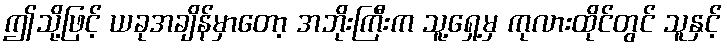
ဤသို့ဖြင့် ယခုအချိန်မှာတော့ အဘိုးကြီးက သူ့ရှေ့မှ ကုလားထိုင်တွင် သူနှင့်